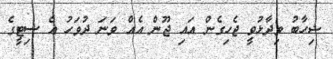
ޝިހާބު ވިދާޅުވީ ޖެހިގެން އައި ޖޫން އެއް ވަނަ ދުވަހު އެ ސިޓީގެ